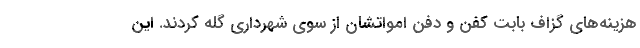
هزینه‌های گزاف بابت کفن و دفن امواتشان از سوی شهرداری گله کردند. این